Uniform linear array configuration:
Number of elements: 4
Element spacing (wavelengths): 0.5
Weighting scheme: cosine
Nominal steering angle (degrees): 60
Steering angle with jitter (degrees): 58.319
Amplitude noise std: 0.05
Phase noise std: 0.05

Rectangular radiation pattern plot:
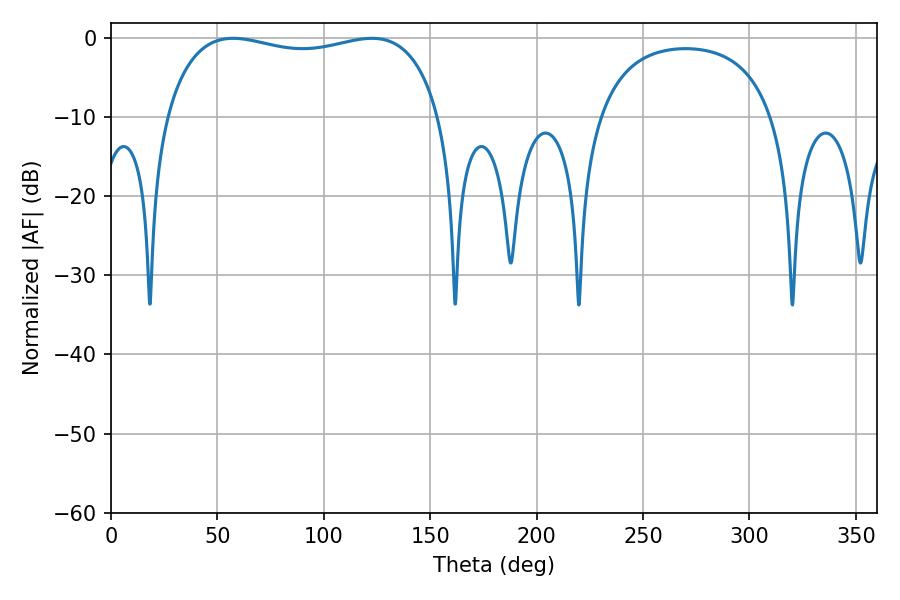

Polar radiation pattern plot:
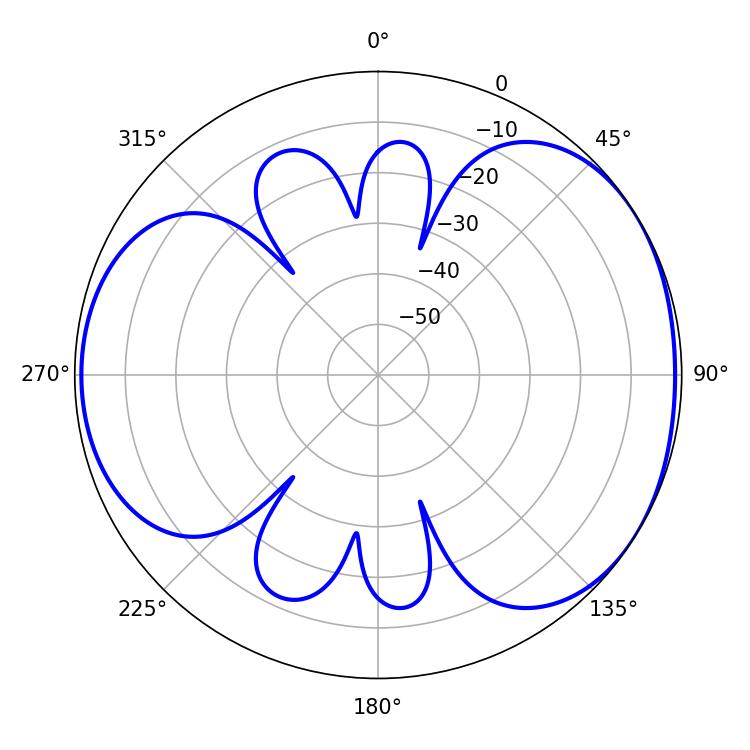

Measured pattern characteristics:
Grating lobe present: FALSE
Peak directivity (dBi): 4.372
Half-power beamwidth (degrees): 105.12
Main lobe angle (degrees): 57.42